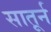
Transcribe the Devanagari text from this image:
सातूर्न